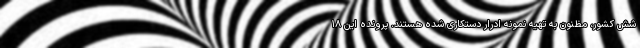
شش کشور، مظنون به تهیه نمونه ادرار دستکاری شده هستند. پرونده این ۱۸